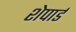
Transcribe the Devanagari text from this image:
शेपार्ड